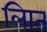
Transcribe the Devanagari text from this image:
लिात